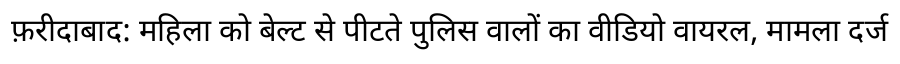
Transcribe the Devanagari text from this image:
फ़रीदाबाद: महिला को बेल्ट से पीटते पुलिस वालों का वीडियो वायरल, मामला दर्ज